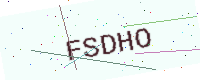
Text: FSDHO